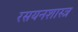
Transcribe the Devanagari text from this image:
रसयनशास्त्र